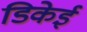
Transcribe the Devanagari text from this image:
डिकेई